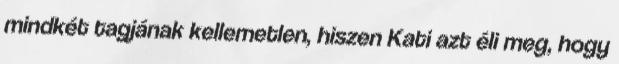
mindkét tagjának kellemetlen, hiszen Kati azt éli meg, hogy